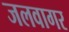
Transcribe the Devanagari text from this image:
जलवागर